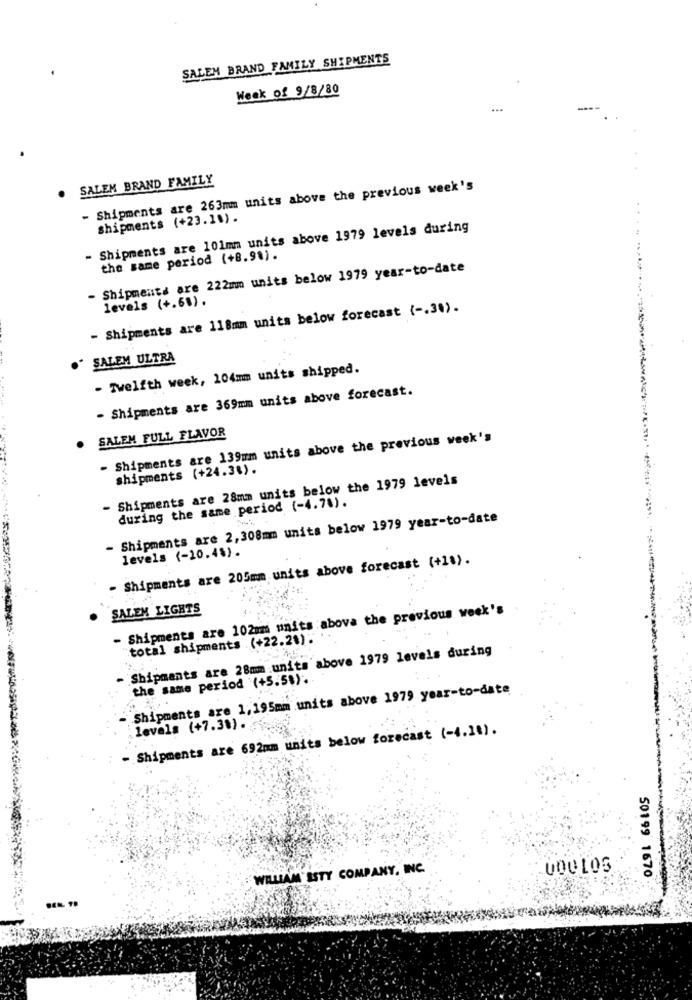
SALEM BRAND FAMILY SHIPMENTS
Week of 9/8/80
---
SALEM BRAND FAMILY
- Shipments are 263mm units above the previous week's
Shipments (+23.1").
Shipments are 101mm units above 1979 levels during
the same period (+8.91).
- Shipments are 222mm units below 1979 year-to-date
levels (+.68).
- Shipments are 118mm units below forecast { -. 38).
SALEM ULTRA
- Twelfth week, 104mmm units shipped.
- Shipments are 369mm units above forecast.
. SALEM FULL FLAVOR
- Shipments are 139mm units above the previous week's
shipments (+24.3%).
- Shipments are 28mm units below the 1979 levels
during the same period (-4.7%).
- Shipments are 2,308mm units below 1979 year-to-date
levels (-10.4%).
- Shipments are 205mm units above forecast (+1%).
SALEM LIGHTS
- Shipments are 102mm units above the previous week's
"total shipments (+22.21) .
Shipments are 28mm units above 1979 levels during
the same period (+5.5%).
Shipments are 1,195mm units above 1979 year-to-date
- Shipments are 692mm units below forecast (-4.28).
levels (+7.38) .
WILLIAM ISTY COMPANY, INC.
50199 1670